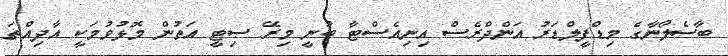
ބާސެލޯނާގެ މިޑްފީލްޑަރު އަންދްރެސް އިނިއެސްޓާ ބުނީ މިރޭ ސިޓީ އަތުން މޮޅުވުމަކީ އާދިއްތަ